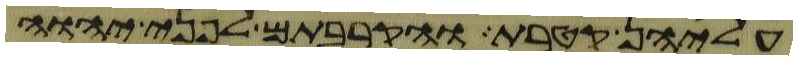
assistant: עליהן קטרת והקרבתם לפני יהוה